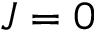
J = 0